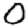
Digit: 0